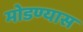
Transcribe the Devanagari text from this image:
मोडण्यास